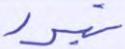
تبور